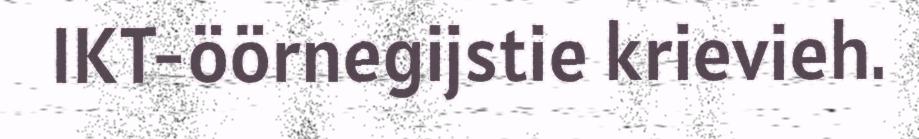
IKT-öörnegijstie krievieh.